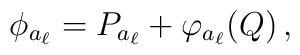
\phi_{a_\ell}=P_{a_\ell} + \varphi_{a_\ell}(Q)\,,